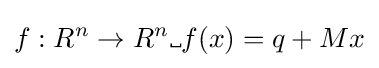
f:R^{n}\rightarrow R^{n}\mathrm {\textvisiblespace} f(x)=q+Mx